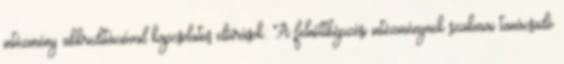
intézmény akkreditációval kapcsolatos előírások: A felnőttképzési intézménynek szakmai tanácsadó